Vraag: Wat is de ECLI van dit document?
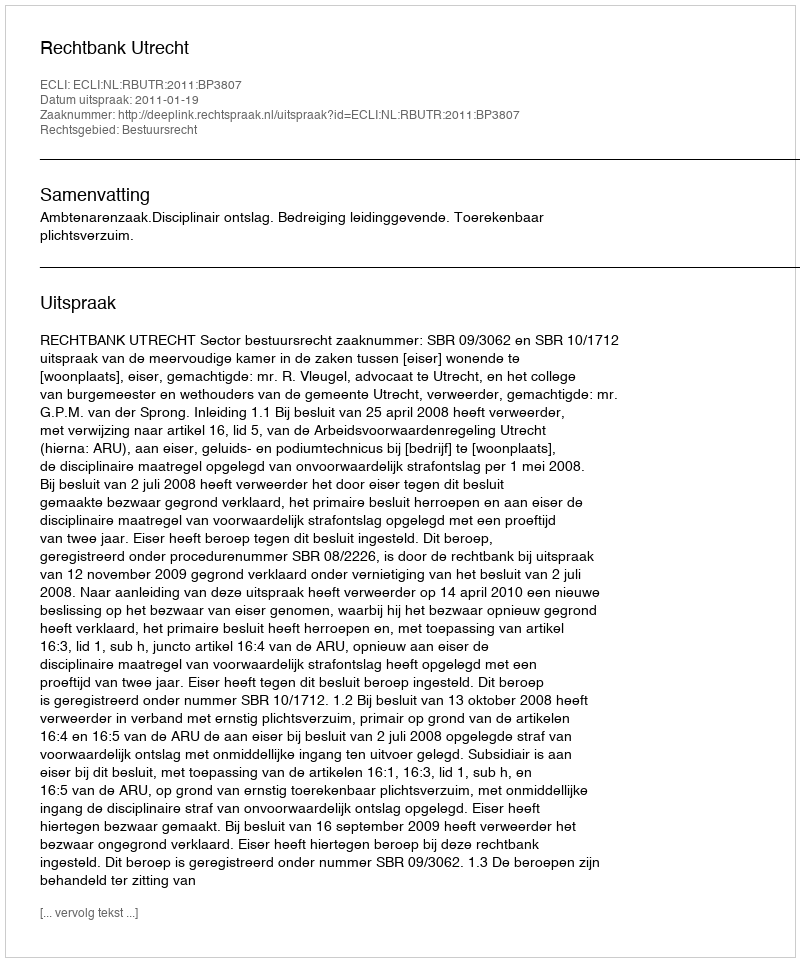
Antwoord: ECLI:NL:RBUTR:2011:BP3807